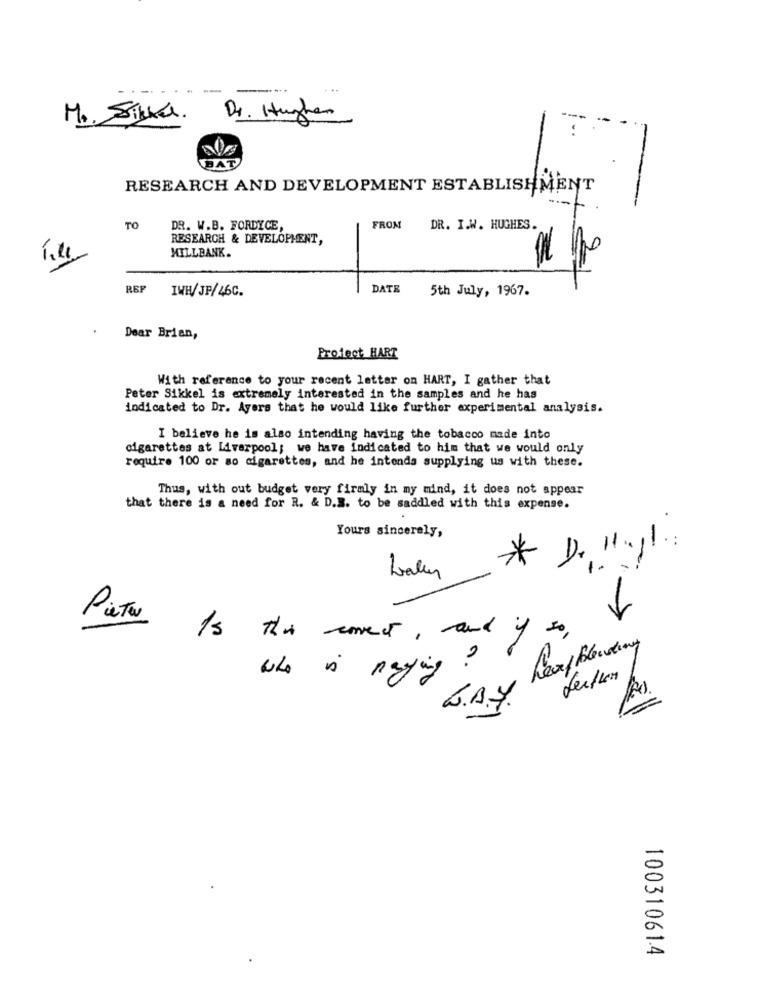
M. Sikker. Dr. Hughes
RESEARCH AND DEVELOPMENT ESTABLISHMENT
TO
DR. W.B. FORDYCE,
FROM
DR. I.W. HUGHES.
RESEARCH & DEVELOPMENT,
MILLBANK.
REP
IWH/JP/46C.
DATE
5th July, 1967.
Dear Brian,
Protect HART
With reference to your recent letter on HART, I gather that
Peter Sikkel is extremely interested in the samples and he has
indicated to Dr. Ayers that he would like further experimental analysis.
I believe he is also intending having the tobacco made into
cigarettes at Liverpool; we have indicated to him that we would only
require 100 or so cigarettes, and he intenda supplying us with these.
Thus, with out budget very firmly in my mind, it does not appear
that there is a need for R. & D.M. to be saddled with this expense.
Yours sincerely,
-
Laler
Pieter Is this correct , and if so ,
who is paying ?
Leufen
10031061.4